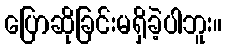
ပြောဆိုခြင်းမရှိခဲ့ပါဘူး။